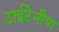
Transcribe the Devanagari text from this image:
टाईटेनीया